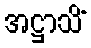
အဋ္ဌာသိံ